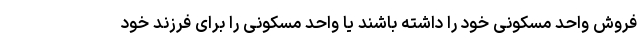
فروش واحد مسکونی خود را داشته باشند یا واحد مسکونی را برای فرزند خود